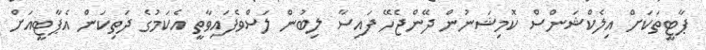
ޕާޓީތަކަށް އިލެކްޝަންސް ކޮމިޝަނުން ދޭންޖެހޭ ފައިސާ ލިބުން ލަސްވެފައިވާތީ އެކަމުގެ ދަތިކަން އެޕާޓީއަށް